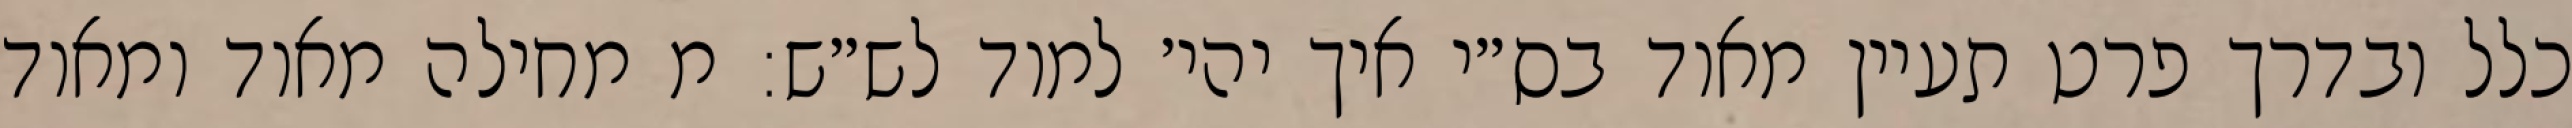
כלל ובדרך פרט תעיין מאוד בס״י איך יהי׳ למוד לש״ש: מ מחילה מאוד ומאוד